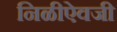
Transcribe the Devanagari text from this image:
निळीऐवजी